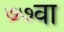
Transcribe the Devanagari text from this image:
७७वा